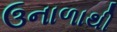
ઉનાળાથી